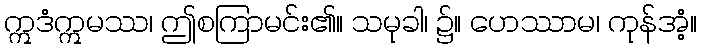
ဣဒံဣမဿ၊ ဤစကြာမင်း၏။ သမုခါ၊ ၌။ ဟေဿာမ၊ ကုန်အံ့။